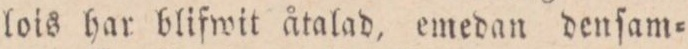
lois har blifwit åtalad, emedan denſam=